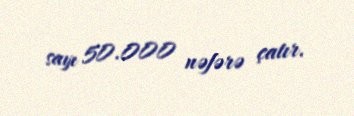
sayı 50.000 nəfərə çatır.